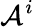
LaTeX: \mathcal{A}^{i}